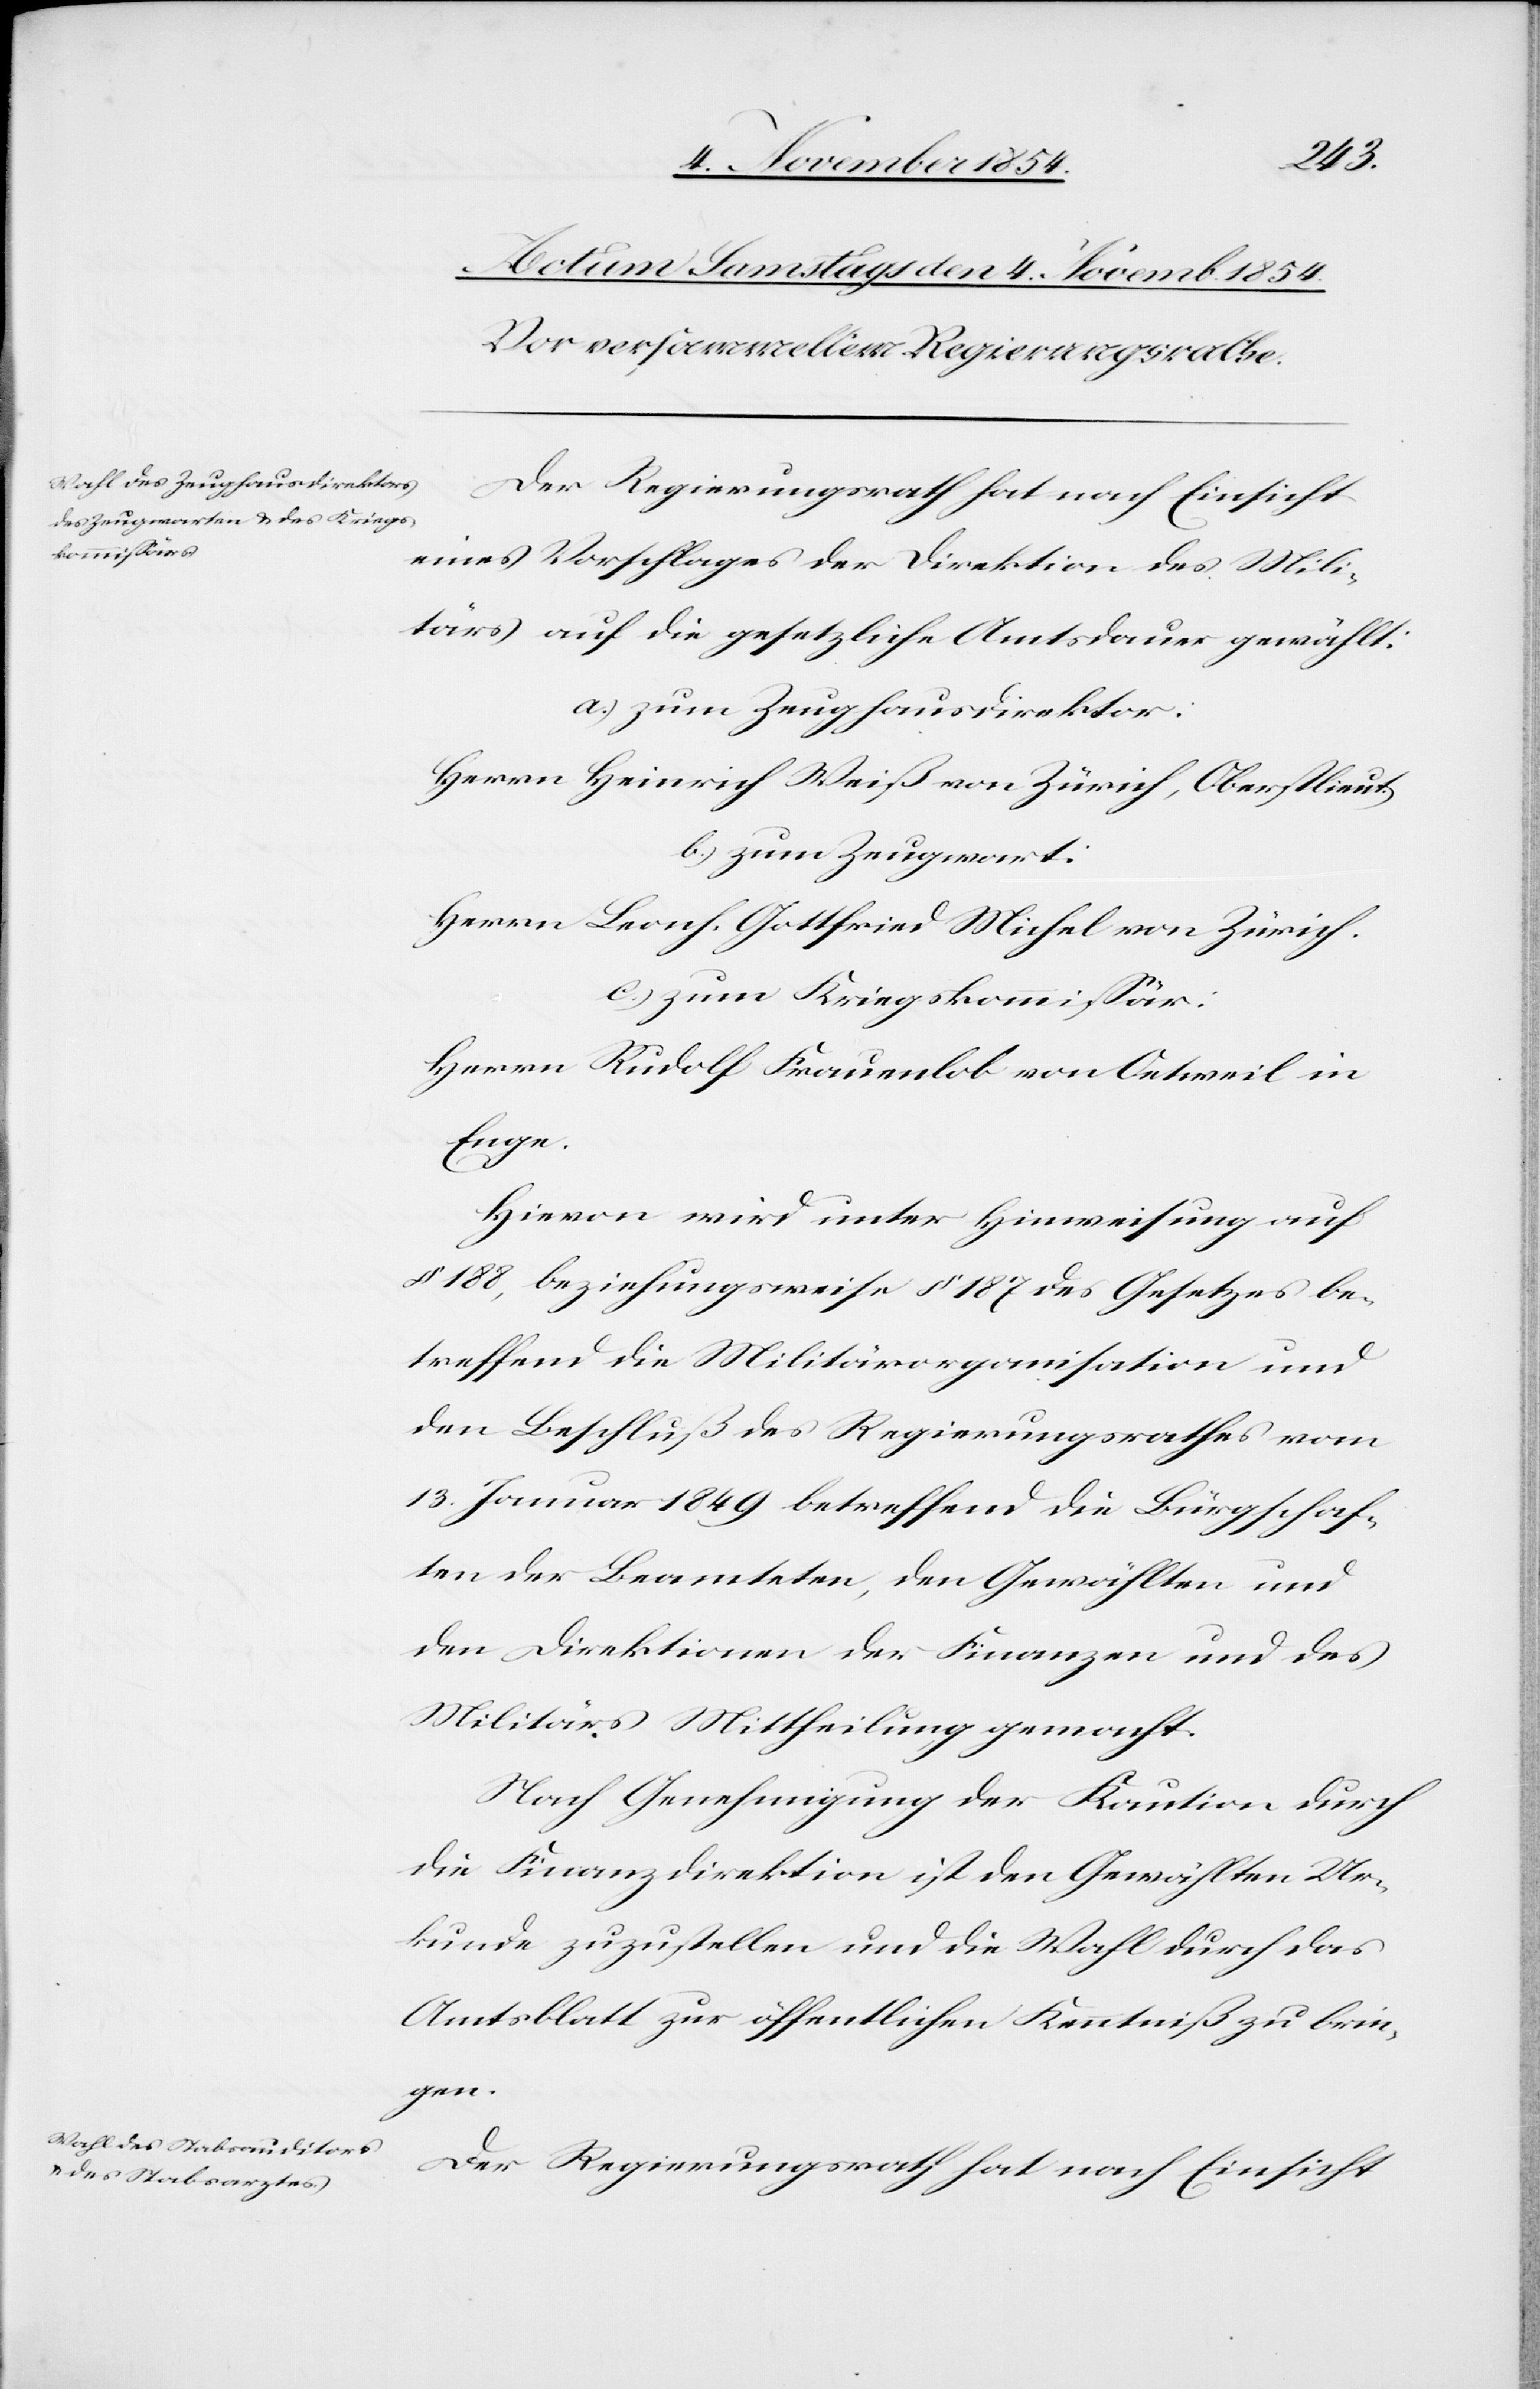
Der Regierungsrath hat nach Einsicht
eines Vorschlages der Direktion des Mili¬
tärs auf die gesetzliche Amtsdauer gewählt:
a.) zum Zeughausdirektor:
Herrn Heinrich Weis von Zürich, Oberstlieut.
b.) zum Zeugwart:
Herrn Leonh. Gottfried Michel von Zürich.
c.) zum Kriegskommißär:
Herrn Rudolf Frauenlob von Oetweil in
Enge.
Hievon wird unter Hinweisung auf
§ 188, beziehungsweise § 187 des Gesetzes be¬
treffend die Militärorganisation und
den Beschluß des Regierungsrathes vom
13. Januar 1849 betreffend die Bürgschaf¬
ten der Beamteten, den Gewählten und
den Direktionen der Finanzen und des
Militärs Mittheilung gemacht.
Nach Genehmigung der Kaution durch
die Finanzdirektion ist den Gewählten Ur¬
kunde zuzustellen und die Wahl durch das
Amtsblatt zur öffentlichen Kenntniß zu brin¬
gen.